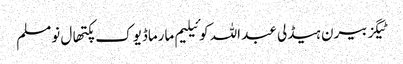
ٹیگزبیرن ہیڈلی عبد اللہ کوئیلیم مارماڈیوک پکتھال نومسلم